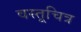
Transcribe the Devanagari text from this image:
वस्तूचित्र